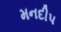
મનદીપ